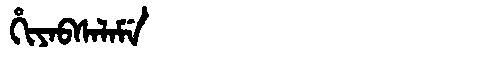
Manchu: ᡥᡳᠶᠠᠪᠰᠠᠯᠠᠮᡝ
Romanization: HIYABSALAME